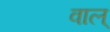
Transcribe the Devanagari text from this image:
वाल्